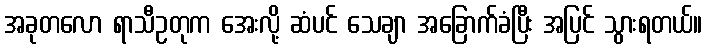
အခုတလော ရာသီဥတုက အေးလို့ ဆံပင် သေချာ အခြောက်ခံပြီး အပြင် သွားရတယ်။